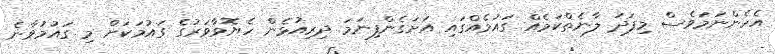
އެހެންނަމަވެސް މިފަދަ ލާނެތްކަމެއް ގައުމެއްގައި އަށަގެންފިނަމަ ދިރިއުޅެން ހެޔޮވާވަރުގެ ގައުމަކަށް މި ގައުމުވާނެ